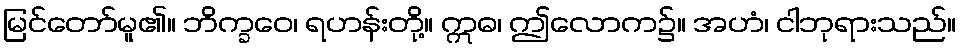
မြင်တော်မူ၏။ ဘိက္ခဝေ၊ ရဟန်းတို့။ ဣဓ၊ ဤလောက၌။ အဟံ၊ ငါဘုရားသည်။